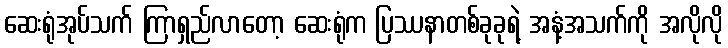
ဆေးရုံအုပ်သက် ကြာရှည်လာတော့ ဆေးရုံက ပြဿနာတစ်ခုခုရဲ့ အနံ့အသက်ကို အလိုလို